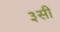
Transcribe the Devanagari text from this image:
३सी